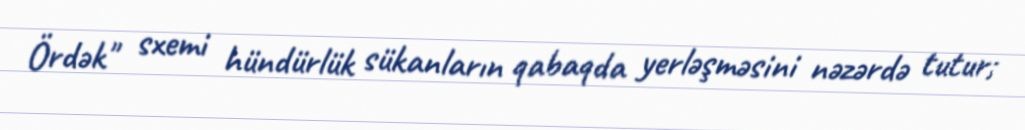
Ördək" sxemi hündürlük sükanların qabaqda yerləşməsini nəzərdə tutur;